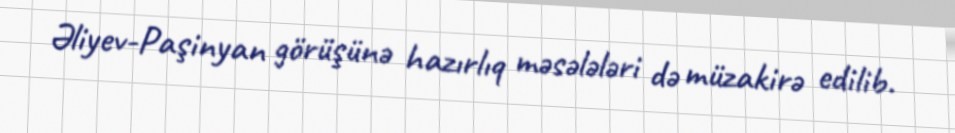
Əliyev-Paşinyan görüşünə hazırlıq məsələləri də müzakirə edilib.